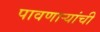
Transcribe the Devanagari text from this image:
पावणार्‍यांची